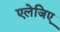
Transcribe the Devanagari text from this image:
एलेजिए